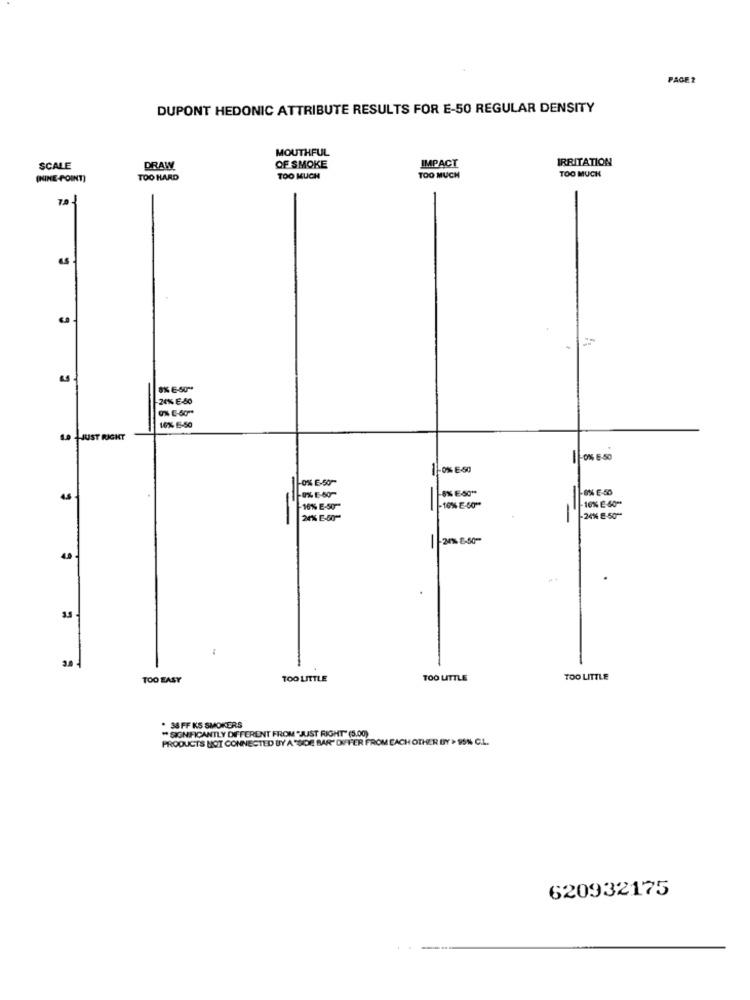
PAGE 2
DUPONT HEDONIC ATTRIBUTE RESULTS FOR E-50 REGULAR DENSITY
MOUTHFUL
IRRITATION
SCALE
DRAW
OF SMOKE
IMPACT
TOO MUCH
(NINE-POINT)
TOO HARD
TOO MUCH
TOO MUCH
70
8% E-50 **
20% E-50
10% 6-50
9 HJUST RIGHT
0% E-50
10% E-50
-0% E-50~
-8% E-50
45
-10% E-50
-
-10% E-60"
10% E 60"
20% E-50
-24% E-50"*
-
TOO EASY
TOO LITTLE
TOO LITTLE
TOO LITTLE
** SIGNIFICANTLY DIFFERENT FROM "JUST RIGHT" (5.00)
* 38 FF KS SMOKERS
PRODUCTS HOT CONNECTED BY A "SIDE BAR" DIFFER FROM EACH OTHER BY > SISN C.L.
620932175